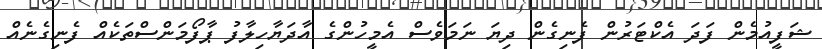
ޝަފީއުމެން ފަދަ އެކްޓަރުން ފެނިގެން ދިޔަ ނަމަވެސް އެމީހުންގެ އާދަޔާހިލާފު ޕާފޯމަންސްތަކެއް ފެނިގެނެއް